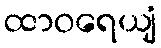
ထာဝရေယျံ